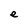
Character: e